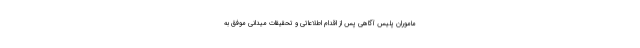
ماموران پلیس آگاهی پس از اقدام اطلاعاتی و تحقیقات میدانی موفق به